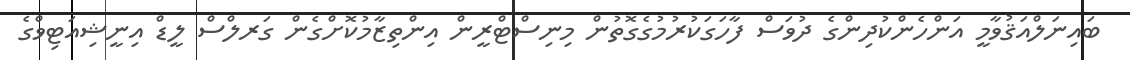
ބައިނަލްއަޤުވާމީ އަންހެންކުދިންގެ ދުވަސް ފާހަގަކުރުމުގެގޮތުން މިނިސްޓްރީން އިންތިޒާމުކޮށްގެން ގަރލްސް ލީޑް އިނީޝިއަޓިވްގެ